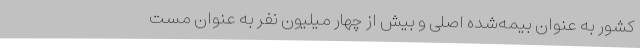
کشور به عنوان بیمه‌شده اصلی و بیش از چهار میلیون نفر به عنوان مست